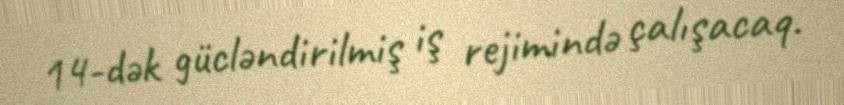
14-dək gücləndirilmiş iş rejimində çalışacaq.